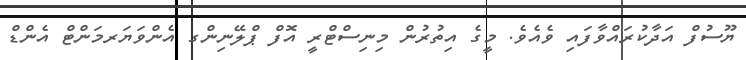
ޔޫސުފް އަދާކުރައްވާފައި ވެއެވެ. މީގެ އިތުރުން މިނިސްޓްރީ އޮފް ޕްލޭނިންގ އެންވަޔަރމަންޓް އެންޑް